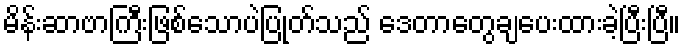
မိန်းဆာဗာကြီးဖြစ်သောပဲပြုတ်သည် ဒေတာတွေချပေးထားခဲ့ပြီးပြီ။